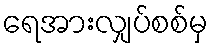
ရေအားလျှပ်စစ်မှ